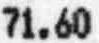
71.60